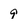
Character: 9